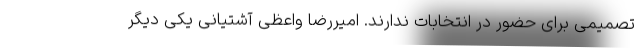
تصمیمی برای حضور در انتخابات ندارند. امیررضا واعظی‌ آشتیانی یکی دیگر